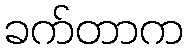
ခက်တာက